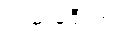
လမ်းခရီးတွင်